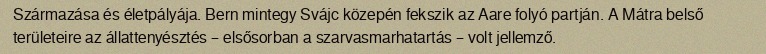
Származása és életpályája. Bern mintegy Svájc közepén fekszik az Aare folyó partján. A Mátra belső területeire az állattenyésztés – elsősorban a szarvasmarhatartás – volt jellemző.